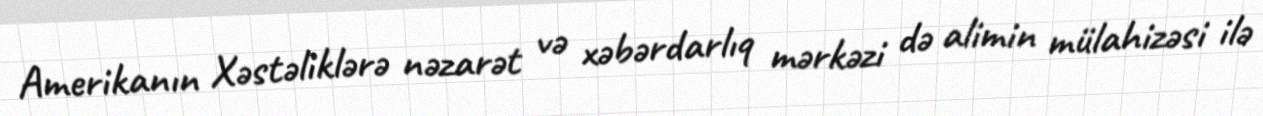
Amerikanın Xəstəliklərə nəzarət və xəbərdarlıq mərkəzi də alimin mülahizəsi ilə